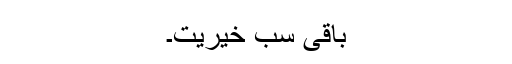
باقی سب خیریت۔